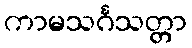
ကာမသင်္ဂသတ္တာ